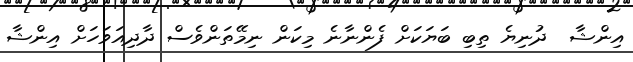
އިންޝާ  ދުނިޔެ ތިބި ބަޔަކަށް ފެންނާނެ މިކަން ނިމޭތަންވެސް ދާދިއަވަހަށް އިންޝާ